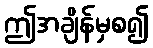
ဤအချိန်မှစ၍